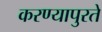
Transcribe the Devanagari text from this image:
करण्यापुरते